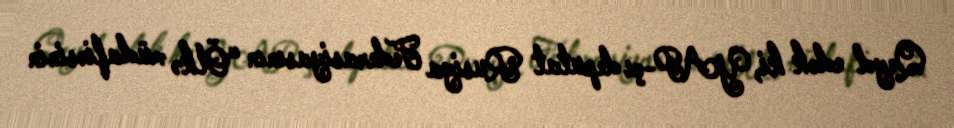
Qeyd edək ki, YAP-çı deputat Rusiya Federasiyasının “Ölkə müdafiəsinin